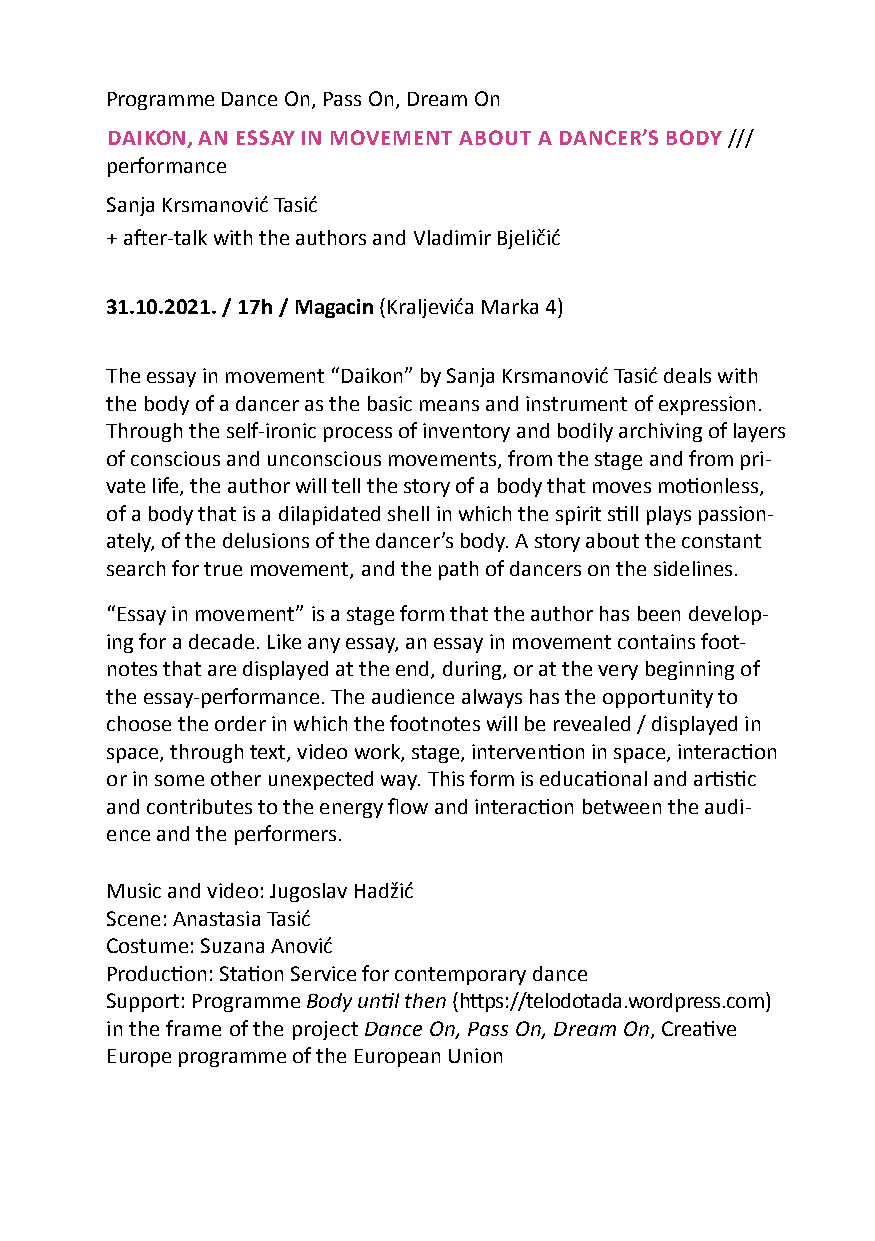
Programme Dance on, Pass on, Dream on
 daiKon, an eSSay in movement about a dancer’S body ///
 performance
 Sanja Krsmanović Tasić
 + after-talk with the authors and Vladimir Bjeličić
 31.10.2021. / 17h / magacin (Kraljevića Marka 4)
 The essay in movement “Daikon” by Sanja Krsmanović Tasić deals with
 the body of a dancer as the basic means and instrument of expression.
 Through the self-ironic process of inventory and bodily archiving of layers
 of conscious and unconscious movements, from the stage and from pri-
 vate life, the author will tell the story of a body that moves motionless,
 of a body that is a dilapidated shell in which the spirit still plays passion-
 ately, of the delusions of the dancer’s body. A story about the constant
 search for true movement, and the path of dancers on the sidelines.
 “essay in movement” is a stage form that the author has been develop-
 ing for a decade. like any essay, an essay in movement contains foot-
 notes that are displayed at the end, during, or at the very beginning of
 the essay-performance. The audience always has the opportunity to
 choose the order in which the footnotes will be revealed / displayed in
 space, through text, video work, stage, intervention in space, interaction
 or in some other unexpected way. This form is educational and artistic
 and contributes to the energy flow and interaction between the audi-
 ence and the performers.
 Music and video: Jugoslav Hadžić
 Scene: Anastasia Tasić
 Costume: Suzana Anović
 Production: Station Service for contemporary dance
 Support: Programme Body until then (https://telodotada.wordpress.com)
 in the frame of the project Dance On, Pass On, Dream On, Creative
 europe programme of the european Union